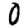
Digit: 0